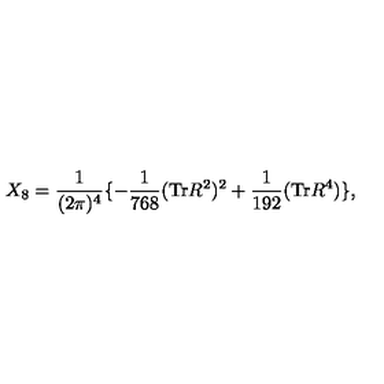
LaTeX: X _ { 8 } = \frac { 1 } { ( 2 \pi ) ^ { 4 } } \lbrace - \frac { 1 } { 7 6 8 } ( \mathrm { { T r } } R ^ { 2 } ) ^ { 2 } + \frac { 1 } { 1 9 2 } ( \mathrm { T r } R ^ { 4 } ) \rbrace ,